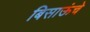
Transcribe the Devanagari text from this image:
बिसाऊंचे